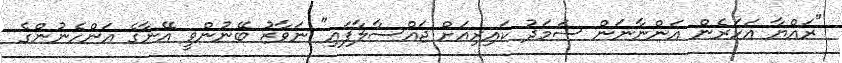
"ރައްޔާ އަހަރެން އަންނާނަން ސަމަދު ކައިރިއަށް ޖައްސާލާފައި" ނަވާޒު ބޭނުންވީ އޭނާގެ އަންހެނުންގެ